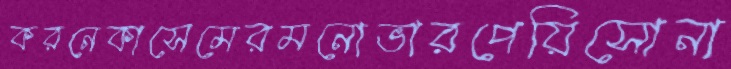
করনেকাসেমেরমনোভারপেয়িসোনা